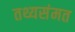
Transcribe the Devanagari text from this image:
तथ्यसंमत